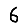
Digit: 6